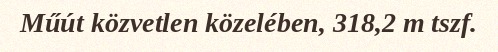
Műút közvetlen közelében, 318,2 m tszf.